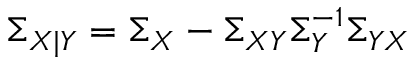
\Sigma _ { X | Y } = \Sigma _ { X } - \Sigma _ { X Y } \Sigma _ { Y } ^ { - 1 } \Sigma _ { Y X }